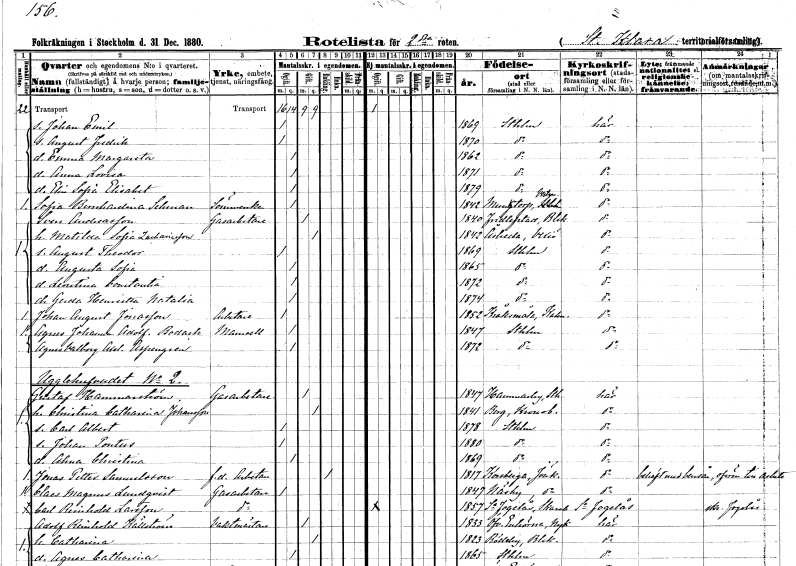
gt_parse: households: individuals: FN: Johan Emil
KON: M
CIV: O
FODAR: 1869
FODFORS: Stockholm
FN: August Fredrik
KON: M
CIV: O
FODAR: 1870
FODFORS: Stockholm
FN: Emma Margareta
KON: K
CIV: O
FODAR: 1862
FODFORS: Stockholm
FN: Anna Lovisa
KON: K
CIV: O
FODAR: 1871
FODFORS: Stockholm
FN: Elin Sofia Elisabet
KON: K
CIV: O
FODAR: 1879
FODFORS: Stockholm
FN: Sofia Bernhardina
EN: Sehman
YRKE: Sömmerska
KON: K
CIV: O
FODAR: 1842
FODFORS: Munktorp Västmanlands län
FN: Sven
EN: Andreasson
YRKE: Gasarbetare
KON: M
CIV: G
FODAR: 1840
FODFORS: Fridlevstad Blekinge län
FN: Matilda Sofia
EN: Zachariasson
KON: K
CIV: G
FODAR: 1842
FODFORS: Åseda Kronobergs län
FN: August Theodor
KON: M
CIV: O
FODAR: 1869
FODFORS: Stockholm
FN: Augusta Sofia
KON: K
CIV: O
FODAR: 1865
FODFORS: Stockholm
FN: Leontina Constantia
KON: K
CIV: O
FODAR: 1872
FODFORS: Stockholm
FN: Gerda Henrietta Natalia
KON: K
CIV: O
FODAR: 1874
FODFORS: Stockholm
FN: Johan August
EN: Jonasson
YRKE: Arbetare
KON: M
CIV: O
FODAR: 1852
FODFORS: Kråksmåla Kalmar län
FN: Agnes Johanna Adolfina
EN: Bodach
KON: K
CIV: O
FODAR: 1847
FODFORS: Stockholm
FN: Agnes Valborg Axelina
EN: Aspengren
KON: K
CIV: O
FODAR: 1872
FODFORS: Stockholm
FN: Gustaf
EN: Hammarström
YRKE: Gasarbetare
KON: M
CIV: G
FODAR: 1847
FODFORS: Hammarby Stockholms län
FN: Christina Catharina
EN: Johansson
KON: K
CIV: G
FODAR: 1841
FODFORS: Berg Kronobergs län
FN: Carl Albert
KON: M
CIV: O
FODAR: 1878
FODFORS: Stockholm
FN: Johan Pontus
KON: M
CIV: O
FODAR: 1880
FODFORS: Stockholm
FN: Alma Christina
KON: K
CIV: O
FODAR: 1869
FODFORS: Stockholm
FN: Jonas Petter
EN: Samuelsson
YRKE: Arbetare f.d.
KON: M
CIV: E
FODAR: 1817
FODFORS: Korsberga Jönköpings län
FN: Claes Magnus
EN: Lundqvist
YRKE: Gasarbetare
KON: M
CIV: O
FODAR: 1847
FODFORS: Näsby Jönköpings län
FN: Carl Reinhold
EN: Larsson
YRKE: Gasarbetare
KON: M
CIV: O
FODAR: 1857
FODFORS: Södra Fågelås Skaraborgs län
FN: Adolf Reinhold
EN: Källström
YRKE: Vaktmästare
KON: M
CIV: G
FODAR: 1833
FODFORS: Överenhörna Stockholms län